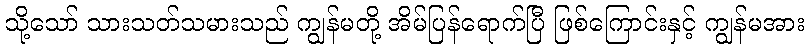
သို့သော် သားသတ်သမားသည် ကျွန်မတို့ အိမ်ပြန်ရောက်ပြီ ဖြစ်ကြောင်းနှင့် ကျွန်မအား